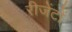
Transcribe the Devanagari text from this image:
रीजेंटों